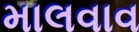
માલવાવ